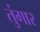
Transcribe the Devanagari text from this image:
तुंगार